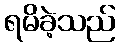
ရမိခဲ့သည်